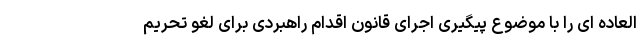
العاده ای را با موضوع پیگیری اجرای قانون اقدام راهبردی برای لغو تحریم